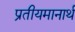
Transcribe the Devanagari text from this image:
प्रतीयमानार्थ